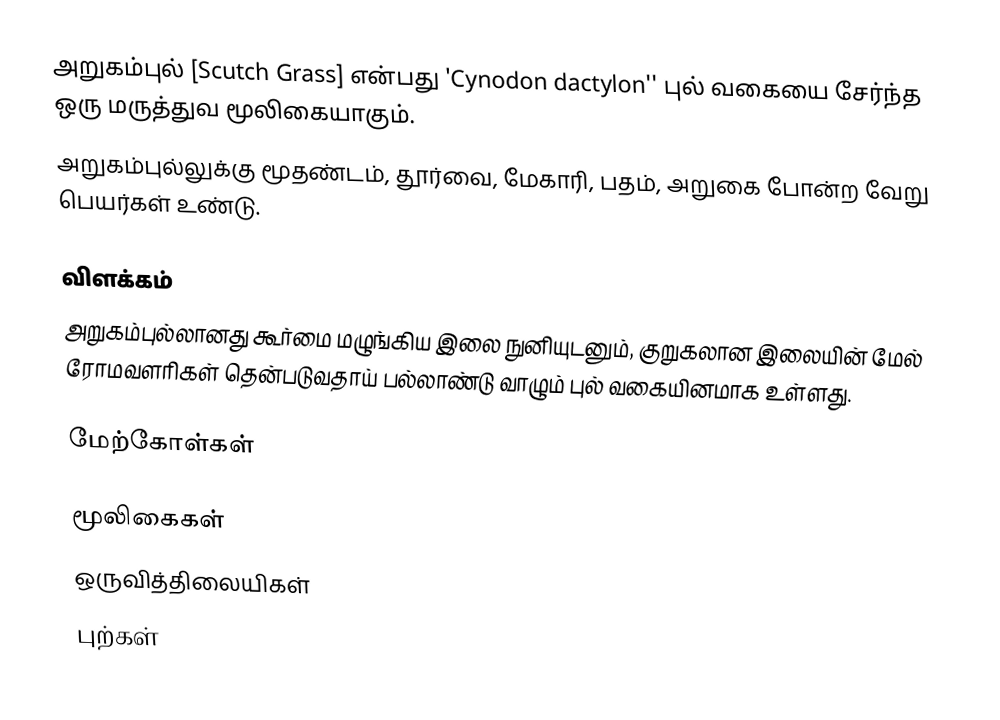
அறுகம்புல் [Scutch Grass] என்பது 'Cynodon dactylon'' புல் வகையை சேர்ந்த ஒரு மருத்துவ மூலிகையாகும்.
அறுகம்புல்லுக்கு மூதண்டம், தூர்வை, மேகாரி, பதம், அறுகை போன்ற வேறு பெயர்கள் உண்டு.

விளக்கம்
அறுகம்புல்லானது கூர்மை மழுங்கிய இலை நுனியுடனும், குறுகலான இலையின் மேல் ரோமவளரிகள் தென்படுவதாய் பல்லாண்டு வாழும் புல் வகையினமாக உள்ளது.

மேற்கோள்கள்

மூலிகைகள்
ஒருவித்திலையிகள்
புற்கள்